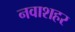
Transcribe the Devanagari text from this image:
नवाशहर